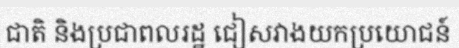
ជាតិ និងប្រជាពលរដ្ឋ ជៀសវាងយកប្រយោជន៍